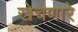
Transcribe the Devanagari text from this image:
खेचणारे